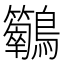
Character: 𪈣